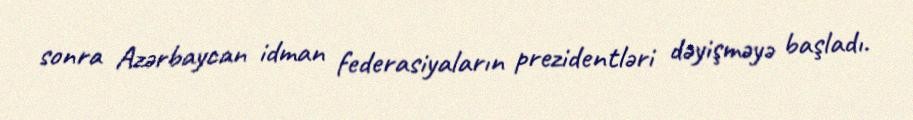
sonra Azərbaycan idman federasiyaların prezidentləri dəyişməyə başladı.